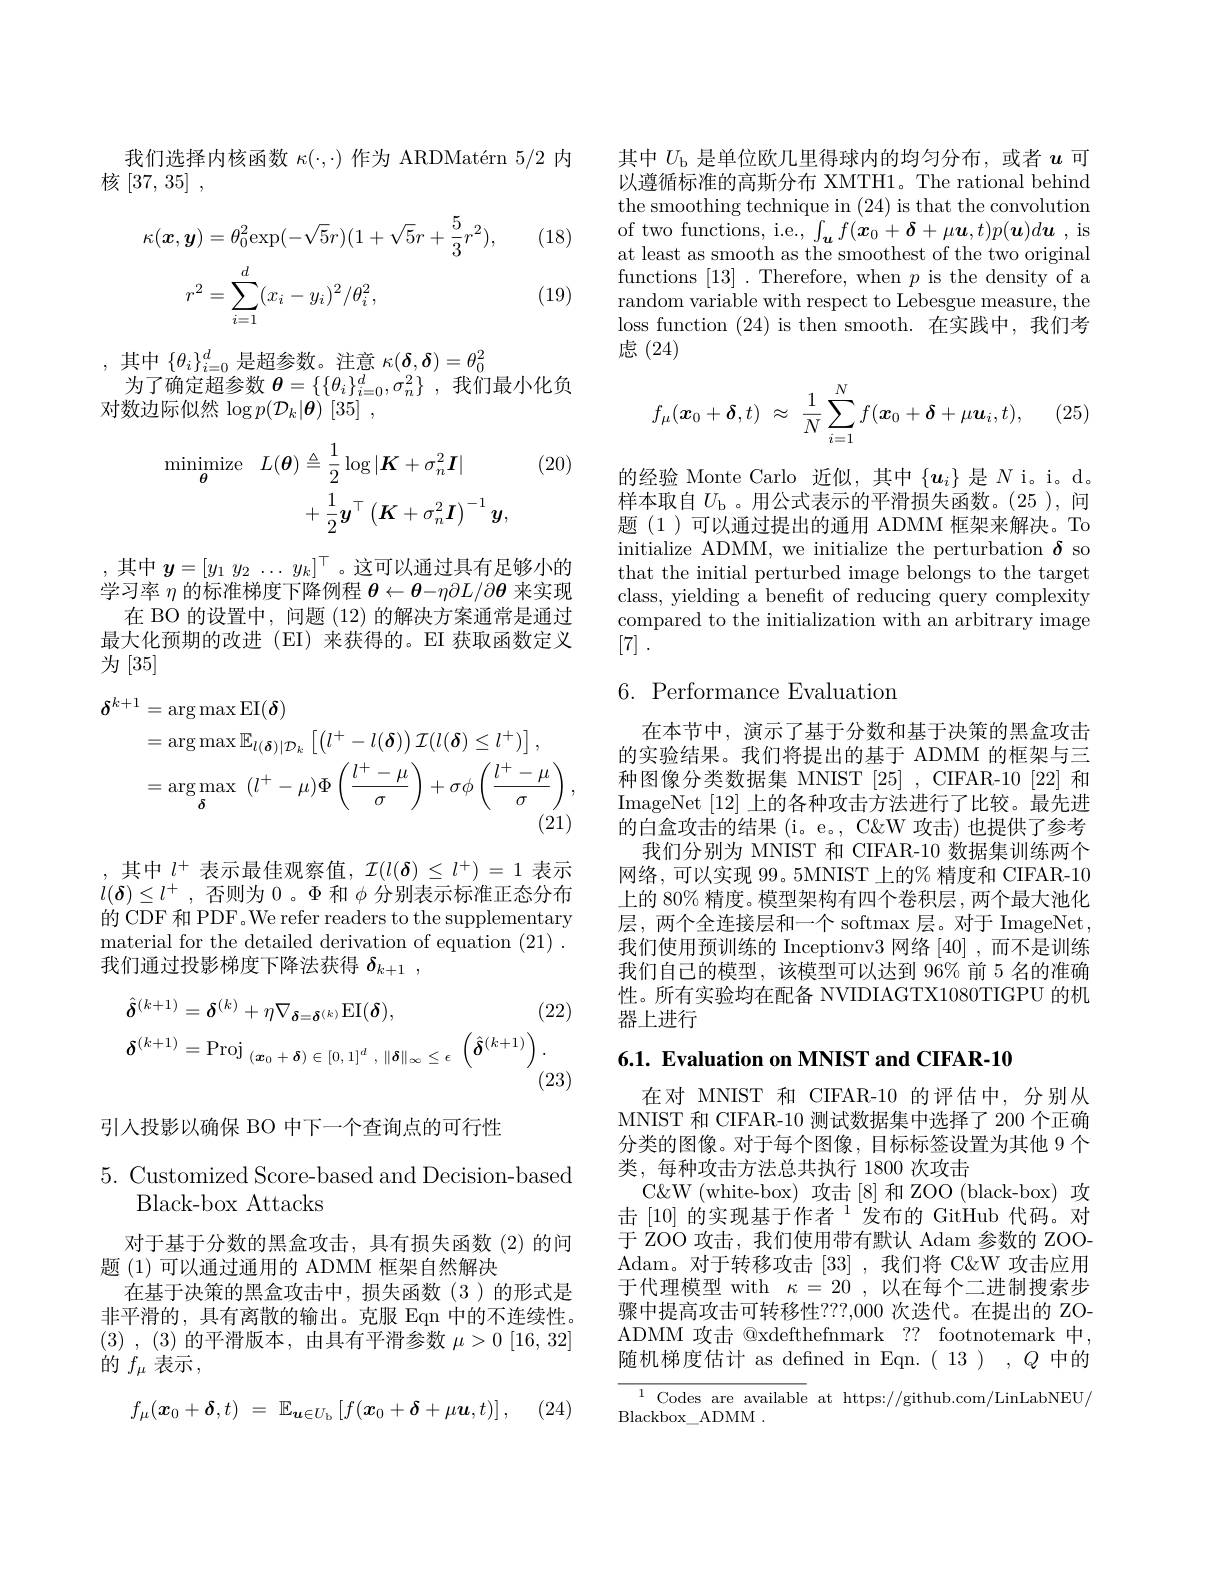
我们选择内核函数$\kappa(\cdot,\cdot)$作为 ARDMatérn 5/2 内
核[37, 35] ,

(18)
$$\begin{aligned}\kappa(\boldsymbol{x},\boldsymbol{y})&=\theta_{0}^{2}\exp(-\sqrt{5}r)(1+\sqrt{5}r+\frac{5}{3}r^{2}),\\r^{2}&=\sum_{i=1}^{d}(x_{i}-y_{i})^{2}/\theta_{i}^{2},\end{aligned}$$
(19)

,其中$\{\theta_i\}_i=0^d$是超参数。注意$\kappa(\boldsymbol\delta,\boldsymbol\delta)=\theta_0^2$
为了确定超参数$\theta=\{\{\theta_i\}_{i=0}^d,\sigma_n^2\}$,我们最小化负
对数边际似然$\log p(\mathcal{D}_k|\boldsymbol{\theta})~[35]~$,

(20)
$$\begin{aligned}\operatorname*{minimize}_{\boldsymbol{\theta}}L(\boldsymbol{\theta})&\triangleq\frac{1}{2}\log|\boldsymbol{K}+\sigma_{n}^{2}\boldsymbol{I}|\\&+\frac{1}{2}\boldsymbol{y}^{\top}\left(\boldsymbol{K}+\sigma_{n}^{2}\boldsymbol{I}\right)^{-1}\boldsymbol{y},\end{aligned}$$
,其中$y= [ y_1$ $y_2$ $\ldots$ $y_k] ^\top$。这可以通过具有足够小的学习率$\eta\dot{\text{的标准梯度下降例程 }\theta}\leftarrow\boldsymbol{\theta}-\eta\partial L/\partial\boldsymbol{\theta}$来实现在 BO 的设置中，问题(12)的解决方案通常是通过
最大化预期的改进(EI)来获得的。EI 获取函数定义
为[35]
$$\begin{aligned}\delta^{k+1}&=\arg\max\operatorname{EI}(\boldsymbol{\delta})\\&=\arg\max_{\boldsymbol{\delta}}\mathbb{E}_{l(\boldsymbol{\delta})|\mathcal{D}_{k}}\left[\left(l^{+}-l(\boldsymbol{\delta})\right)\mathcal{I}(l(\boldsymbol{\delta})\leq l^{+})\right],\\&=\arg\max_{\boldsymbol{\delta}}\:(l^{+}-\mu)\Phi\left(\frac{l^{+}-\mu}{\sigma}\right)+\sigma\phi\left(\frac{l^{+}-\mu}{\sigma}\right),\end{aligned}$$
,其中 $l^+$ 表示最佳观察值$,\mathcal{I}(l(\boldsymbol{\delta})\leq l^+)=1$ 表示$l(\boldsymbol{\delta})\leq l^+$ ,否则为0 。$\Phi$和$\phi$分别表示标准正态分布的 CDF 和 PDF 。We refer readers to the supplementary material for the detailed derivation of equation (21) . 我们通过投影梯度下降法获得$\delta _{k+ 1}$ ,
$$\begin{aligned}&\hat{\boldsymbol{\delta}}^{(k+1)}=\boldsymbol{\delta}^{(k)}+\eta\nabla_{\boldsymbol{\delta}=\boldsymbol{\delta}^{(k)}}\operatorname{EI}(\boldsymbol{\delta}),&\text{(2}\\&\delta^{(k+1)}=\mathrm{Proj}_{(\boldsymbol{x}_{0}+\boldsymbol{\delta})\in[0,1]^{d}\:,\:\|\boldsymbol{\delta}\|_{\infty}\leq\epsilon}\:\left(\hat{\boldsymbol{\delta}}^{(k+1)}\right).\end{aligned}$$
(23)

引入投影以确保 BO 中下一个查询点的可行性

5. Customized Score-based and Decision-based
Black- box Attacks

对于基于分数的黑盒攻击，具有损失函数(2)的问
题(1)可以通过通用的 ADMM 框架自然解决
在基于决策的黑盒攻击中，损失函数(3)的形式是非平滑的，具有离散的输出。克服 Eqn 中的不连续性。(3) , (3)的平滑版本，由具有平滑参数$\mu > 0$ [16,32] 的$f_\mu$表示，
$$f_\mu(\boldsymbol{x}_0+\boldsymbol{\delta},t)\:=\:\mathbb{E}_{\boldsymbol{u}\in U_\mathrm{b}}\left[f(\boldsymbol{x}_0+\boldsymbol{\delta}+\mu\boldsymbol{u},t)\right],$$
其中$U_\mathrm{b}$是单位欧几里得球内的均匀分布，或者$u$可以遵循标准的高斯分布 XMTH1。The rational behind the smoothing technique in (24) is that the convolution of two functions, i.e., $\int_{\boldsymbol{u}}f(\boldsymbol{x}_{0}+\boldsymbol{\delta}+\mu\boldsymbol{u},t)p(\boldsymbol{u})d\boldsymbol{u}$, is at least as smooth as the smoothest of the two original functions [13] .Therefore, when $p$ is the density of a random variable with respect to Lebesgue measure, the loss function (24) is then smooth. 在实践中，我们考虑(24)

(25
$$f_\mu(\boldsymbol{x}_0+\boldsymbol{\delta},t)\:\approx\:\frac{1}{N}\sum_{i=1}^{N}f(\boldsymbol{x}_0+\boldsymbol{\delta}+\mu\boldsymbol{u}_i,t),$$
的经验 Monte Carlo 近似，其中$\{u_i\}$是$N$ i。i。d。样本取自$U_\mathrm{b}$ 。用公式表示的平滑损失函数。(25 ),问题(1)可以通过提出的通用 ADMM 框架来解决。To initialize ADMM, we initialize the perturbation $\delta$ so that the initial perturbed image belongs to the target class, yielding a benefit of reducing query complexity compared to the initialization with an arbitrary image [7] .

## $6.{\mathrm{~Performance~Evaluation}}$

在本节中，演示了基于分数和基于决策的黑盒攻击的实验结果。我们将提出的基于 ADMM 的框架与三种图像分类数据集 MNIST[25] , CIFAR-10 [22] 和ImageNet [12]上的各种攻击方法进行了比较。最先进的白盒攻击的结果(i。e。,C$\&W 攻击)也提供了参考$
我们分别为 MNIST 和 CIFAR-10 数据集训练两个网络，可以实现 99。5MNIST 上的% 精度和 CIFAR-10上的 80% 精度。模型架构有四个卷积层 , 两个最大池化层，两个全连接层和一个 softmax 层。对于 ImageNet, 我们使用预训练的 Inceptionv3 网络[40],而不是训练我们自己的模型，该模型可以达到 96% 前 5 名的准确性。所有实验均在配备 NVIDIAGTX1080TIGPU 的机器上进行

6.1. Evaluation on MNIST and CIFAR-10

在对 MNIST 和 CIFAR-10 的评估中，分别从MNIST 和 CIFAR-10 测试数据集中选择了 200 个正确分类的图像。对于每个图像，目标标签设置为其他 9 个类，每种攻击方法总共执行 1800 次攻击
C&W (white-box) 攻击[8]和ZOO (black-box) 攻击 $[10]\text{ 的实现基于作者}^{1}$发布的 GitHub 代码。对于 ZOO 攻击，我们使用带有默认 Adam 参数的 ZOOAdam。对于转移攻击[33] ,我们将 C&W 攻击应用于代理模型 with $\kappa=20$,以在每个二进制搜索步骤中提高攻击可转移性？??,000 次迭代。在提出的 ZOADMM 攻击 @xdefthefnmark ?? footnotemark 中， 随机梯度估计 as defined in Eqn.( 13), $Q$中的${\frac{1\:\mathrm{Codes~are~available}}{\mathrm{at~https://github.com/LinLabNEU/}}}$

Blackbox\_ADMM .